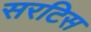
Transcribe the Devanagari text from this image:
सरटिस